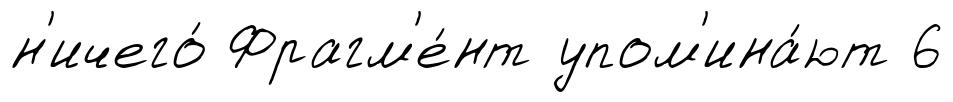
н'ичего́ Фрагм'е́нт упом'ина́ют 6